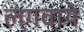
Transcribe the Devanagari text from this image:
लगवाये